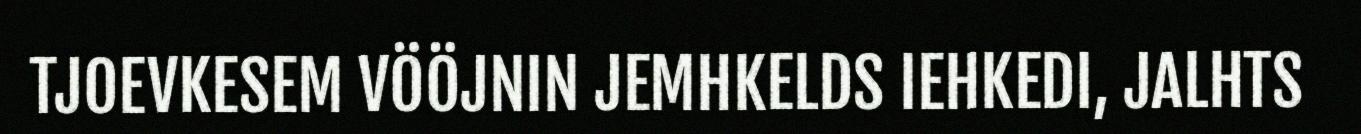
TJOEVKESEM VÖÖJNIN JEMHKELDS IEHKEDI, JALHTS